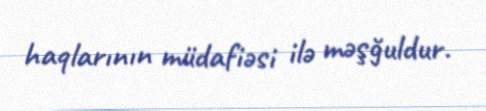
haqlarının müdafiəsi ilə məşğuldur.